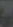
ر